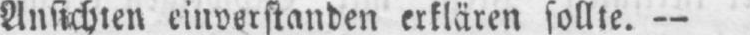
Ansichten einverstanden erklären sollte. -